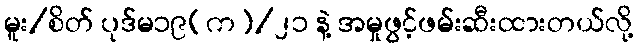
မူး/စိတ် ပုဒ်မ၁၉(က)/၂၁ နဲ့ အမှုဖွင့်ဖမ်းဆီးထားတယ်လို့